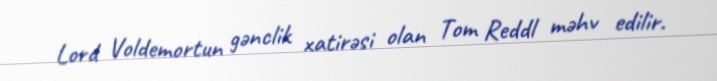
Lord Voldemortun gənclik xatirəsi olan Tom Reddl məhv edilir.